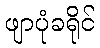
ဖျာပုံခရိုင်